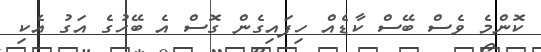
ކޮންމެ ވެސް ބޭސް ކާޑެއް ހިފައިގެން ގޮސް އެ ބޭހުގެ އަގު އެކި